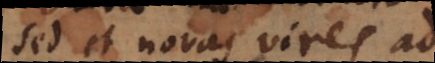
sed et novas vires ad